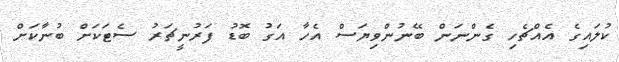
ކުލައިގެ އެއްޗެހި ގެންނަން ބޭނުންވިޔަސް އެހާ އަގު ބޮޑު ފަރުނީޗަރު ސެޓަކަށް ބުނާކަށް